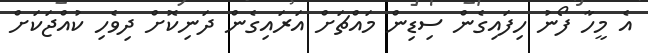
އެ މީހާ ފޯނު ހިފައިގެން ސިޑިން މައްޗަށް އަރައިގެން ދަނިކޮށް ދިވެހި ކުއްޖަކަށް